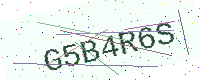
Text: G5B4R6S